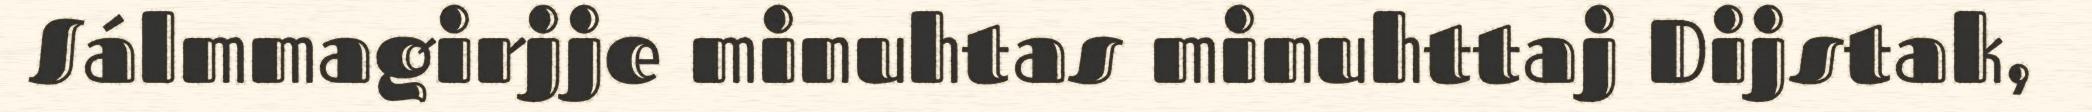
Sálmmagirjje minuhtas minuhttaj Dijstak,